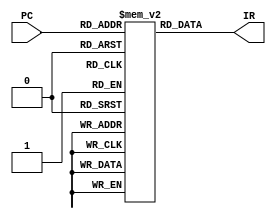
module INSTR_MEM(
    input [4:0] PC,
    output reg [31:0] IR
);

    reg [31:0] INSTR_MEM[0:31]; 

    initial begin
        INSTR_MEM[0]  = 32'b00110100000001000000000000001010; // ori $a0, $0, 10
        INSTR_MEM[1]  = 32'b00110100000001010000000000000001; // ori $a1, $0, 1
        INSTR_MEM[2]  = 32'b00110100000001100000000000000010; // ori $a2, $0, 2
        INSTR_MEM[3]  = 32'b00000000101001100001000000100000; // add $v0, $a1, $a2
        INSTR_MEM[4]  = 32'b00000001100000000010100000100000; // move $a1, $a2
        INSTR_MEM[5]  = 32'b00000000010000000011000000100000; // move $a2, $v0
        INSTR_MEM[6]  = 32'b00100000100001001111111111111111; // addi $a0, $a0, -1
        INSTR_MEM[7]  = 32'b00011100100000001111111111111011; // bgtz $a0, loop
        INSTR_MEM[8]  = 32'b00000000000000000000000000000000; // nop (exit)
        INSTR_MEM[9]  = 32'b00000000000000000000000000000000; // nop
        INSTR_MEM[10] = 32'b00000000000000000000000000000000; // nop
        INSTR_MEM[11] = 32'b00000000000000000000000000000000; // nop
        INSTR_MEM[12] = 32'b00000000000000000000000000000000; // nop
        INSTR_MEM[13] = 32'b00000000000000000000000000000000; // nop
        INSTR_MEM[14] = 32'b00000000000000000000000000000000; // nop
        INSTR_MEM[15] = 32'b00000000000000000000000000000000; // nop
        INSTR_MEM[16] = 32'b00000000000000000000000000000000; // nop
        INSTR_MEM[17] = 32'b00000000000000000000000000000000; // nop
        INSTR_MEM[18] = 32'b00000000000000000000000000000000; // nop
        INSTR_MEM[19] = 32'b00000000000000000000000000000000; // nop
        INSTR_MEM[20] = 32'b00000000000000000000000000000000; // nop
        INSTR_MEM[21] = 32'b00000000000000000000000000000000; // nop
        INSTR_MEM[22] = 32'b00000000000000000000000000000000; // nop
        INSTR_MEM[23] = 32'b00000000000000000000000000000000; // nop
        INSTR_MEM[24] = 32'b00000000000000000000000000000000; // nop
        INSTR_MEM[25] = 32'b00000000000000000000000000000000; // nop
        INSTR_MEM[26] = 32'b00000000000000000000000000000000; // nop
        INSTR_MEM[27] = 32'b00000000000000000000000000000000; // nop
        INSTR_MEM[28] = 32'b00000000000000000000000000000000; // nop
        INSTR_MEM[29] = 32'b00000000000000000000000000000000; // nop
        INSTR_MEM[30] = 32'b00000000000000000000000000000000; // nop
        INSTR_MEM[31] = 32'b00000000000000000000000000000000; // nop
    end

    always @(PC) begin
        IR = INSTR_MEM[PC];
    end

endmodule